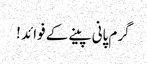
گرم پانی پینے کے فوائد !